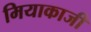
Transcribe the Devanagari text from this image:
मियाकाजी